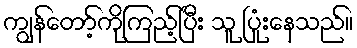
ကျွန်တော့်ကိုကြည့်ပြီး သူ ပြုံးနေသည်။